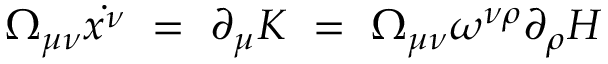
\Omega _ { \mu \nu } \dot { x ^ { \nu } } ~ = ~ \partial _ { \mu } K ~ = ~ \Omega _ { \mu \nu } \omega ^ { \nu \rho } \partial _ { \rho } H